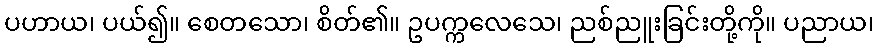
ပဟာယ၊ ပယ်၍။ စေတသော၊ စိတ်၏။ ဥပက္ကလေသေ၊ ညစ်ညူးခြင်းတို့ကို။ ပညာယ၊